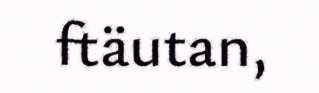
ftäutan,